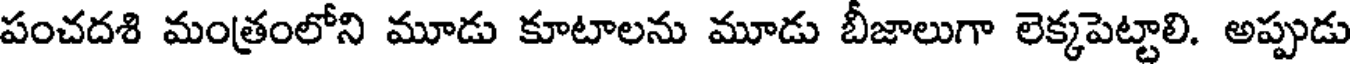
పంచదశి మంత్రంలోని మూడు కూటాలను మూడు బీజాలుగా లెక్కపెట్టాలి. అప్పుడు